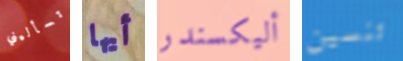
تسأليني أيها أليكسندر تنسين